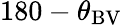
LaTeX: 180-\theta_{\mathrm{BV}}